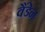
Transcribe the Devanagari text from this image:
वैंडेन